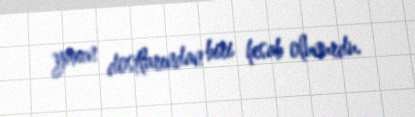
yaxın dostlarından biri hesab olunurdu.